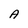
Character: A